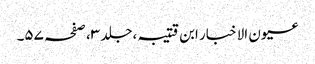
عیون الاخبار ابن قتیبہ ،جلد ٣، صفحہ ٥٧۔